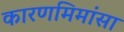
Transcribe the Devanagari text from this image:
कारणमिमांसा